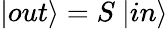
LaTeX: |out\rangle=S~|in\rangle